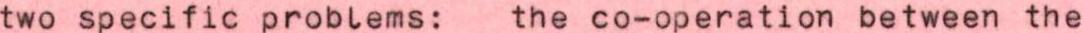
two specific problems: the co-operation between the